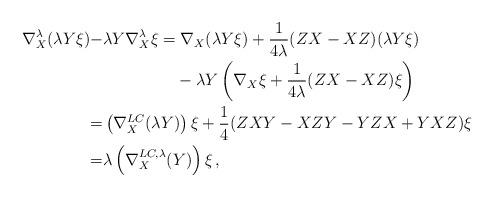
LaTeX: \begin{align*}\nabla^\lambda_X(\lambda Y \xi)-&\lambda Y \nabla^\lambda_X\xi=\nabla_X(\lambda Y \xi)+\frac{1}{4\lambda}(Z X-XZ)(\lambda Y \xi)\\&\phantom{\lambda Y \nabla^\lambda_X\xi=}-\lambda Y \left(\nabla_X\xi+\frac{1}{4\lambda}(Z X-XZ)\xi\right)\\=&\left(\nabla^{LC}_X(\lambda Y)\right)\xi+\frac14(ZXY-XZY-YZX+YXZ)\xi\\=&\lambda\left(\nabla^{LC,\lambda}_X(Y)\right)\xi\,,\end{align*}